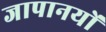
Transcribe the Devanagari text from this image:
जापानयों